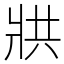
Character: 𭷄